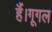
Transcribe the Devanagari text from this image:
हैं।गूगल